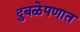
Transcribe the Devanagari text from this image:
दुबळेपणात